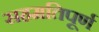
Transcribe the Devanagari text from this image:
सहमतिपूर्ण